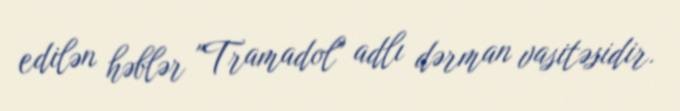
edilən həblər "Tramadol" adlı dərman vasitəsidir.